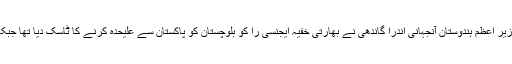
1971 ؁ء کی جنگ کے بعد پاکستان کو خدانخواستہ مزید تباہ و برباد کرنے کے لئے سابق وزیر اعظم ہندوستان آنجہانی اندرا گاندھی نے بھارتی خفیہ ایجنسی را کو بلوچستان کو پاکستان سے علیحدہ کرنے کا ٹاسک دیا تھا جبکہ ان کی اپنی موت اور ان کے بیٹے سابق وزیر اعظم بھارت راجیو گاندھی کی موت المناک تھی۔